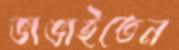
ভাঙাইতেন